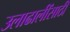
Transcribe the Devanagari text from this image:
उलाढालींसाठी